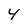
Character: 4